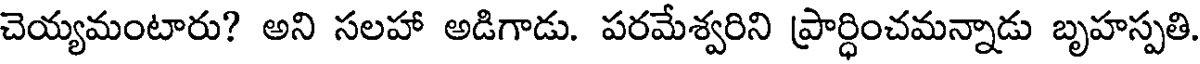
చెయ్యమంటారు? అని సలహా అడిగాడు. పరమేశ్వరిని ప్రార్ధించమన్నాడు బృహస్పతి.